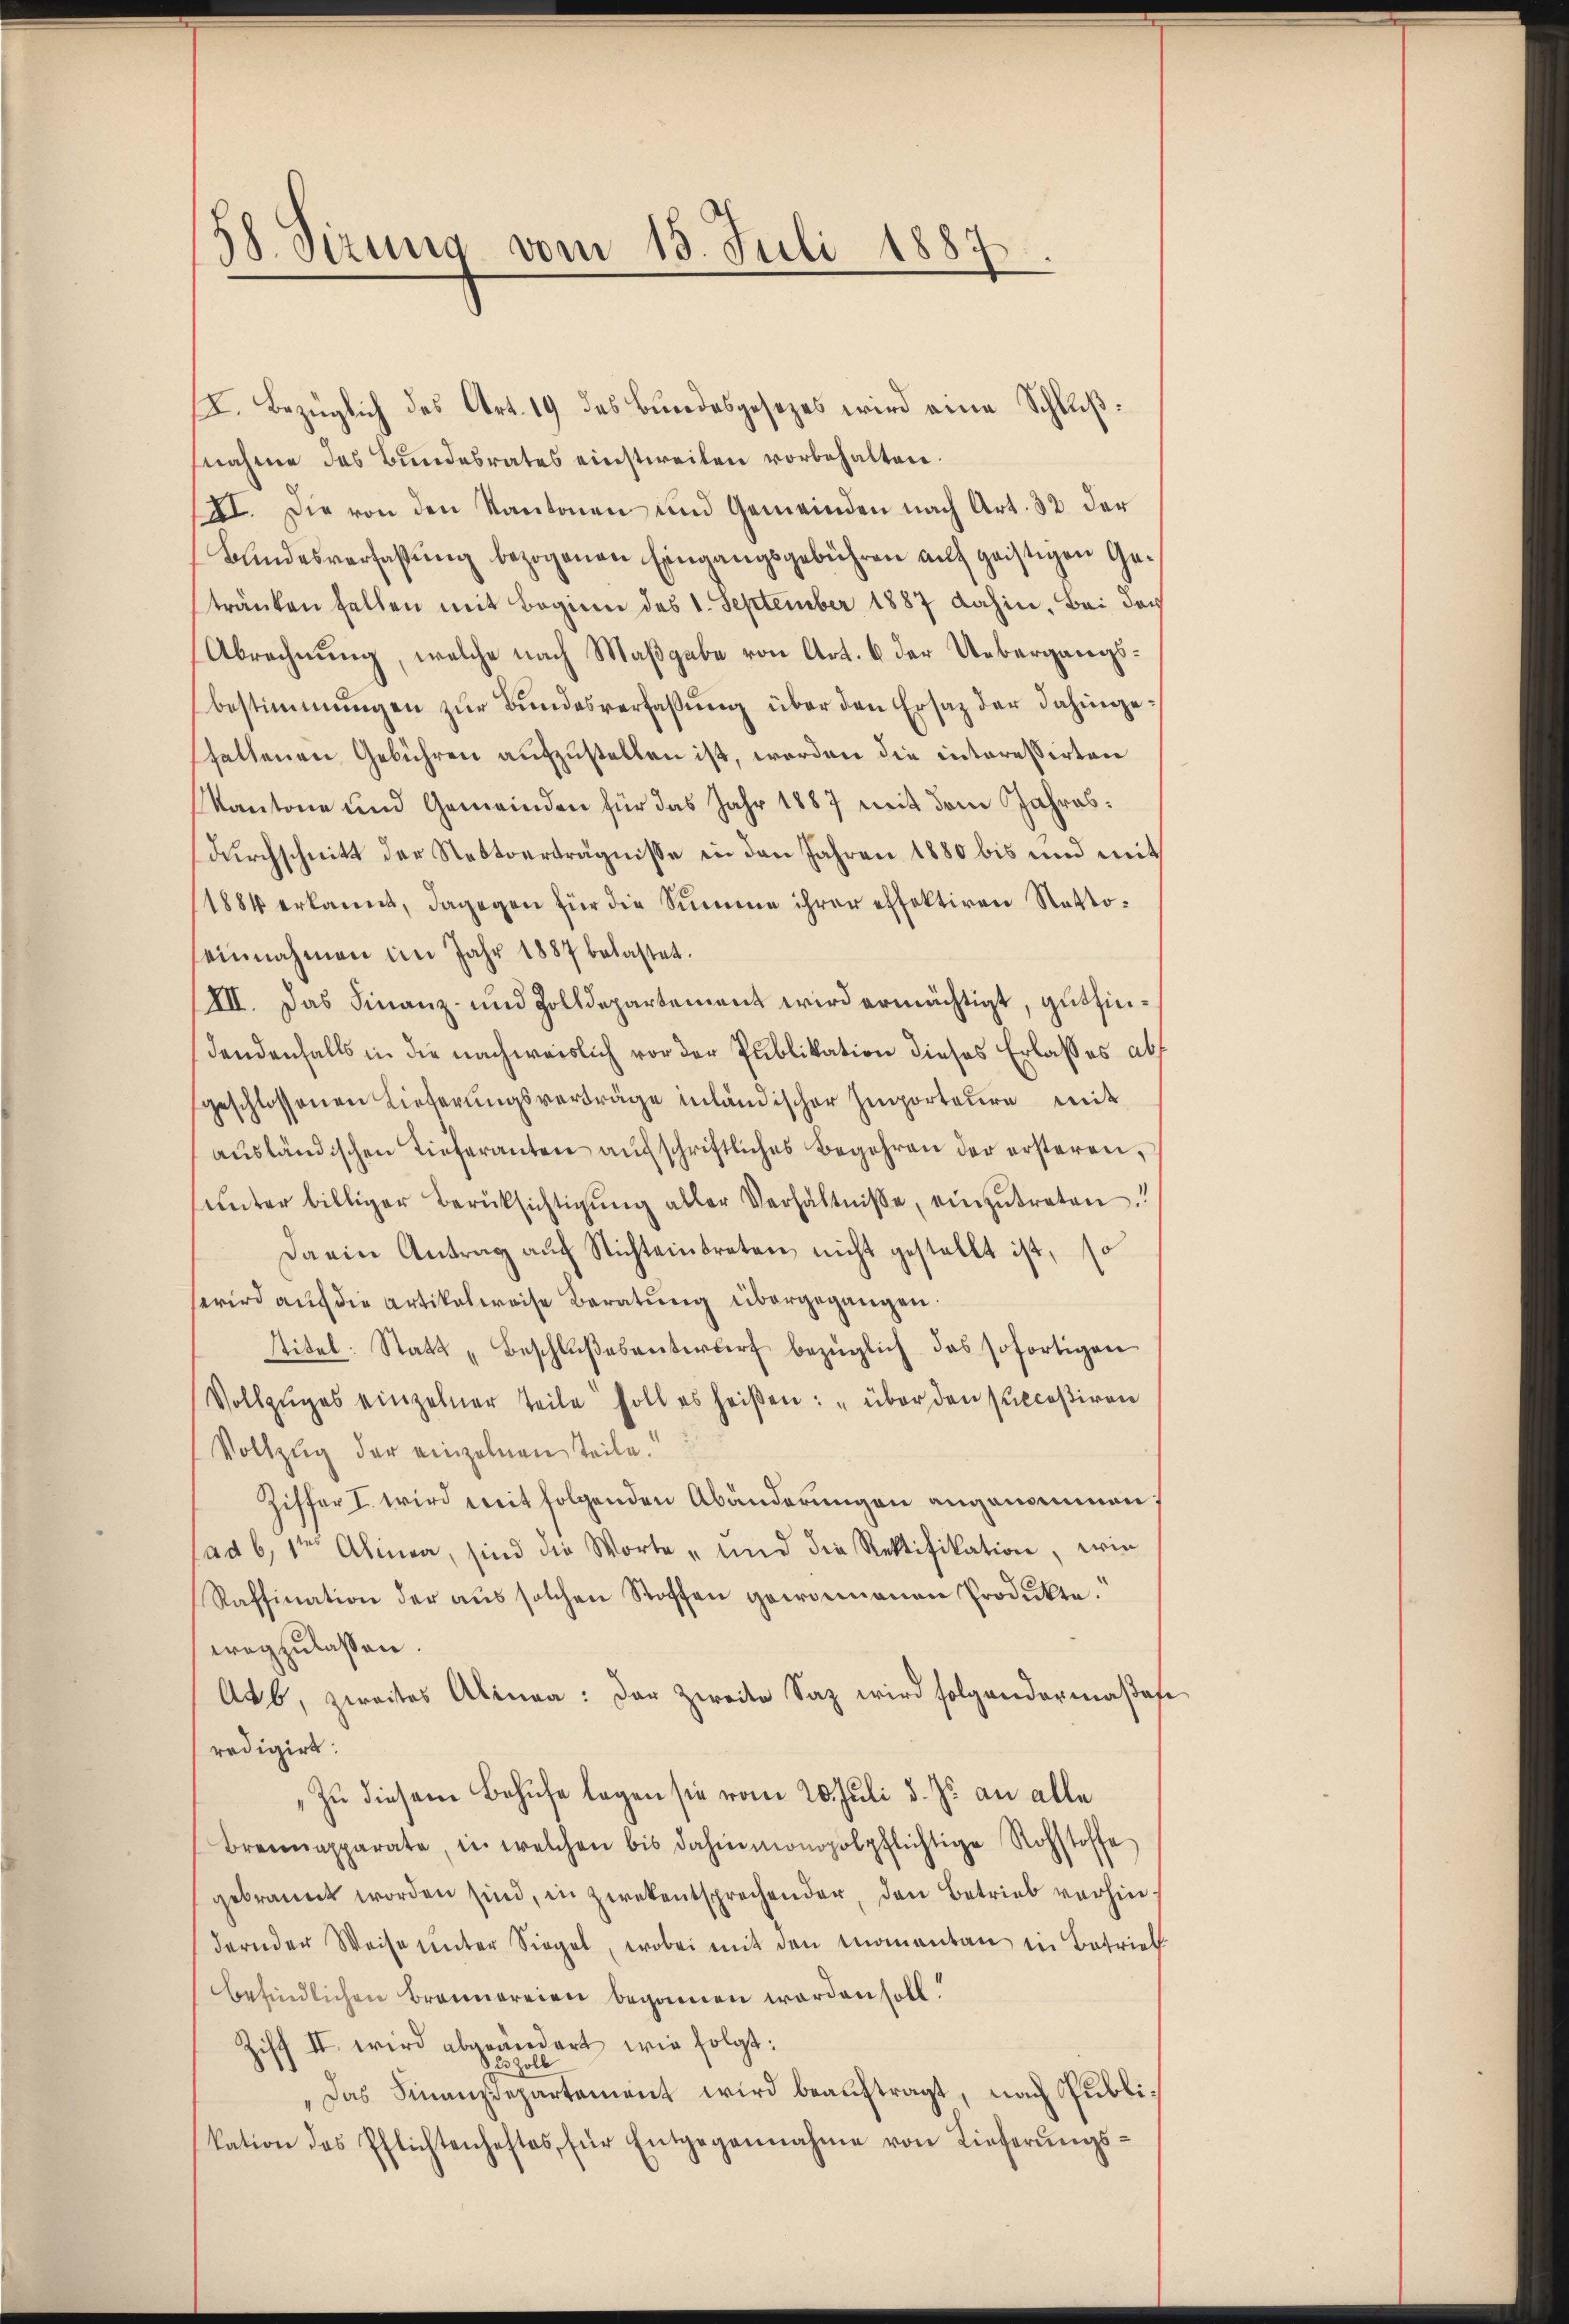
38. Sizung vom 15. Juli 1887.

II. Bezüglich des Art. 19 des Bundesgesezes wird eine Schlußnahme das Bundesrates einstweilen vorbehalten.
XI. Die von den Kantonen und Gemeinden nach Art. 32 der
Bundesverfassŭng bezogenen Eingangsgebühren auf geistigen Getränken fellen mit Beginn des 1. September 1887 dahin. Bei das
Abrechnung, welche nach Maßgabe von Art. 6 der Uebergangsbestimmungen zur Bundesverfassung über den Ersatz der dahingehaltenen Gebühren aufzustellen ist, worden die interessirten
Kantone und Gemeinden für das Jahr 1887 mit dem Jahresdurchschnitt der Nettverträgnisse in den Jahren 1880 bis und mit
1884 erkannt, dagegen für die Summe ihrer effektiren Netto-
einnahmen im Jahr 1887 belastet.
XII. Das Finanz- und Zolldepartement wird ermächtigt, gutfindendenfalls in die nachweislich vor der Publikation dieses Erlaßes als
geschlossenen Lieferungsverträge inländischer Importeure mit
aŭsländischen Tieferanten aŭf schriftliches Begehren der ersteren,
unter billiger Berüksichtigung aller Verhältnisse, einzutreten!
Darin Antrag auf Nichteintreten nicht gestellt ist, so
serird aŭf die Artikelweise Beratŭng übergegangen.
stitel: Statt „Beschlŭβesanterworf bezüglich das sofortigen
Vollzuges einzelner Teile soll es heißen: „über den Receßiven
Vollzug der einzelnen Teile.
Ziffer I. wird mit folgenden Abänderungen angenommen;
ad 6, 1te Alinea, sind die Worte „und die Rektifikation, wie
Raffination der aŭs solchen Stoffen gewonnenen Produkte.
wegzulassen.
Aub, zweites Alinea: der zweite Saz wird folgendermaβes
redigirt:
Zu diesem Behufe legen sie vom 20. Juli d. Js. an alle
Brennapparate, in welchen bis dahinmonopolpflichtige Rohstoffe
gebrannt worden sind, in Zwekentsprechender, den Betrieb vorhindernden Weise unter Siegel, wobei mit den Momentan in Betrieb
befindlichen Brannereien begonnen worden soll.
Ziff II. wird abgeändert wie folgt:
2 Zoll
Das Finanzdepartement wird beauftragt, nach Publikation des Pflichtenheftes, für Entgegennahme von Lieferŭngs-